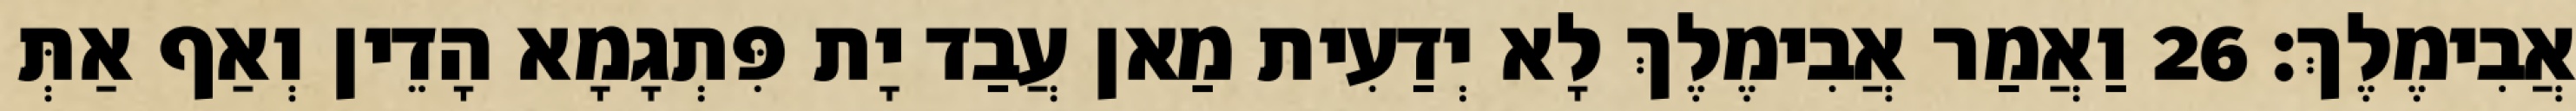
אֲבִימֶלֶךְ׃ 26 וַאֲמַר אֲבִימֶלֶךְ לָא יְדַעִית מַאן עֲבַד יָת פִּתְגָמָא הָדֵין וְאַף אַתְּ